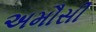
અમૌસી